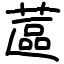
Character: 蓲